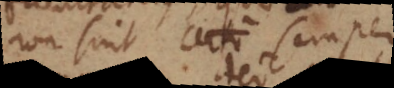
non sint certo semper